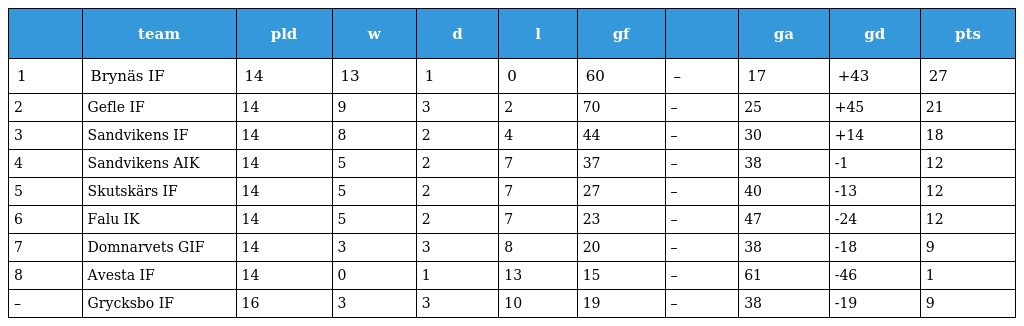
|  | team | pld | w | d | l | gf |  | ga | gd | pts |
 | --- | --- | --- | --- | --- | --- | --- | --- | --- | --- | --- |
 | 1 | Brynäs IF | 14 | 13 | 1 | 0 | 60 | – | 17 | +43 | 27 |
 | 2 | Gefle IF | 14 | 9 | 3 | 2 | 70 | – | 25 | +45 | 21 |
 | 3 | Sandvikens IF | 14 | 8 | 2 | 4 | 44 | – | 30 | +14 | 18 |
 | 4 | Sandvikens AIK | 14 | 5 | 2 | 7 | 37 | – | 38 | -1 | 12 |
 | 5 | Skutskärs IF | 14 | 5 | 2 | 7 | 27 | – | 40 | -13 | 12 |
 | 6 | Falu IK | 14 | 5 | 2 | 7 | 23 | – | 47 | -24 | 12 |
 | 7 | Domnarvets GIF | 14 | 3 | 3 | 8 | 20 | – | 38 | -18 | 9 |
 | 8 | Avesta IF | 14 | 0 | 1 | 13 | 15 | – | 61 | -46 | 1 |
 | – | Grycksbo IF | 16 | 3 | 3 | 10 | 19 | – | 38 | -19 | 9 |